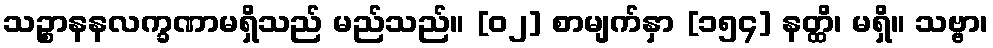
သဉ္စာနနလက္ခဏာမရှိသည် မည်သည်။ [၀၂] စာမျက်နှာ [၁၅၄] နတ္ထိ၊ မရှိ။ သဗ္ဗာ၊